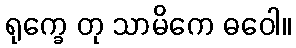
ရုက္ခေ တု သာမိကေ ဓဝေါ။